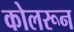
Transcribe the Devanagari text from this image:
कोलरून